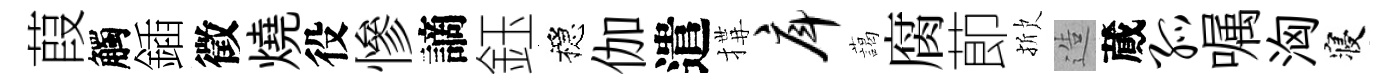
葭觸鍤徵燒役慘謫鈺穩伽遣搆戽藹腐莭掀造蕆孤嘱洶寝